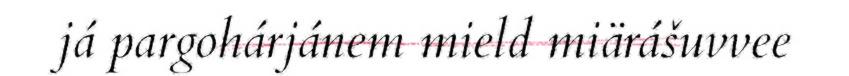
já pargohárjánem mield miärášuvvee